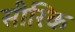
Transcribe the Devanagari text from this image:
सीरिक